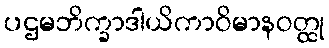
ပဌမဘိက္ခာဒါယိကာဝိမာနဝတ္ထု